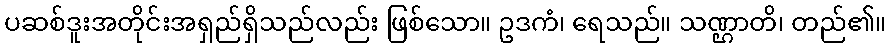
ပဆစ်ဒူးအတိုင်းအရှည်ရှိသည်လည်း ဖြစ်သော။ ဥဒကံ၊ ရေသည်။ သဏ္ဌာတိ၊ တည်၏။